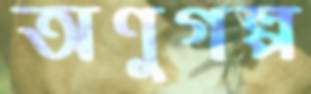
অণুগল্প